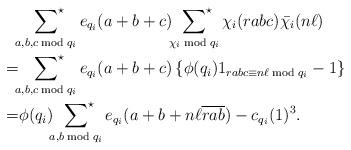
LaTeX: \begin{align*}&\sideset{}{^\star}\sum_{a,b,c\bmod{q_i}}e_{q_i}(a+b+c)\sideset{}{^\star}\sum_{\chi_i\bmod{q_i}}\chi_i(rabc)\bar{\chi_i}(n\ell)\\=&\sideset{}{^\star}\sum_{a,b,c\bmod{q_i}}e_{q_i}(a+b+c)\left\{\phi(q_i)1_{rabc\equiv n\ell\bmod{q_i}}-1\right\}\\=&\phi(q_i)\sideset{}{^\star}\sum_{a,b\bmod{q_i}}e_{q_i}(a+b+n\ell\overline{rab})-c_{q_i}(1)^3.\end{align*}